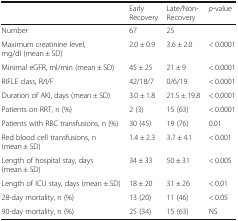
<table><thead><tr><td></td><td><b>Early Recovery</b></td><td><b>Late/Non-Recovery</b></td><td><b><i>p</i>-value</b></td></tr></thead><tbody><tr><td>Number</td><td>67</td><td>25</td><td></td></tr><tr><td>Maximum creatinine level, mg/dl (mean ± SD)</td><td>2.0 ± 0.9</td><td>3.6 ± 2.0</td><td>&lt; 0.0001</td></tr><tr><td>Minimal eGFR, ml/min (mean ± SD)</td><td>45 ± 25</td><td>21 ± 9</td><td>&lt; 0.0001</td></tr><tr><td>RIFLE class, R/I/F</td><td>42/18/7</td><td>0/6/19</td><td>&lt; 0.0001</td></tr><tr><td>Duration of AKI, days (mean ± SD)</td><td>3.0 ± 1.8</td><td>21.5 ± 19.8</td><td>&lt; 0.0001</td></tr><tr><td>Patients on RRT, n (%)</td><td>2 (3)</td><td>15 (63)</td><td>&lt; 0.0001</td></tr><tr><td>Patients with RBC transfusions, n (%)</td><td>30 (45)</td><td>19 (76)</td><td>0.01</td></tr><tr><td>Red blood cell transfusions, n (mean ± SD)</td><td>1.4 ± 2.3</td><td>3.7 ± 4.1</td><td>&lt; 0.001</td></tr><tr><td>Length of hospital stay, days (mean ± SD)</td><td>34 ± 33</td><td>50 ± 31</td><td>&lt; 0.005</td></tr><tr><td>Length of ICU stay, days (mean ± SD)</td><td>18 ± 20</td><td>31 ± 26</td><td>&lt; 0.01</td></tr><tr><td>28-day mortality, n (%)</td><td>13 (20)</td><td>11 (46)</td><td>&lt; 0.05</td></tr><tr><td>90-day mortality, n (%)</td><td>25 (34)</td><td>15 (63)</td><td>NS</td></tr></tbody></table>